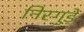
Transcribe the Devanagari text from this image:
निरगुड़े